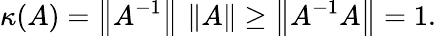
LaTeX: \kappa(A)=\left\| A^{-1}\right\| \, \left\| A\right\| \geq\left\| A^{-1}A\right\| =1.